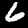
Label: 6